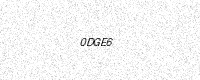
Text: 0DGE6